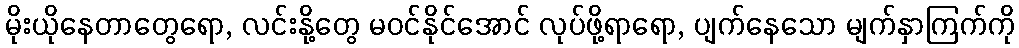
မိုးယိုနေတာတွေရော, လင်းနို့တွေ မဝင်နိုင်အောင် လုပ်ဖို့ရာရော, ပျက်နေသော မျက်နှာကြက်ကို